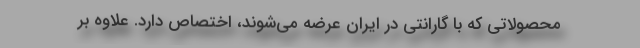
محصولاتی که با گارانتی در ایران عرضه می‌شوند، اختصاص دارد. علاوه بر